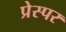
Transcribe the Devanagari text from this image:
प्रेस्पर